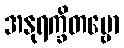
အနုရက္ခိတဗ္ဗော